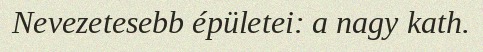
Nevezetesebb épületei: a nagy kath.